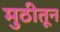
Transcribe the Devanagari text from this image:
मुठीतून